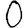
Digit: 0